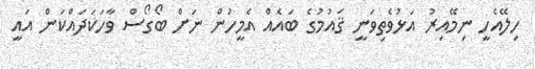
ހިލޭއެހީ ނިމޭއިރު އަޅުވެތިވަނީ ޤައުމުގެ ބައެއް އެމީހުން ނަށް ބޯގޯސް ވާހަކަދައްކަން އައީ